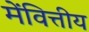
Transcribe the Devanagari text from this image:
मेंवित्तीय